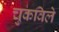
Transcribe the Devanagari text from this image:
चुकविले